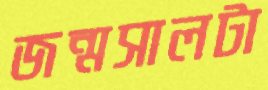
জন্মসালটা